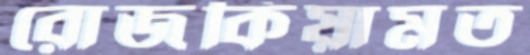
রোজকিয়ামত